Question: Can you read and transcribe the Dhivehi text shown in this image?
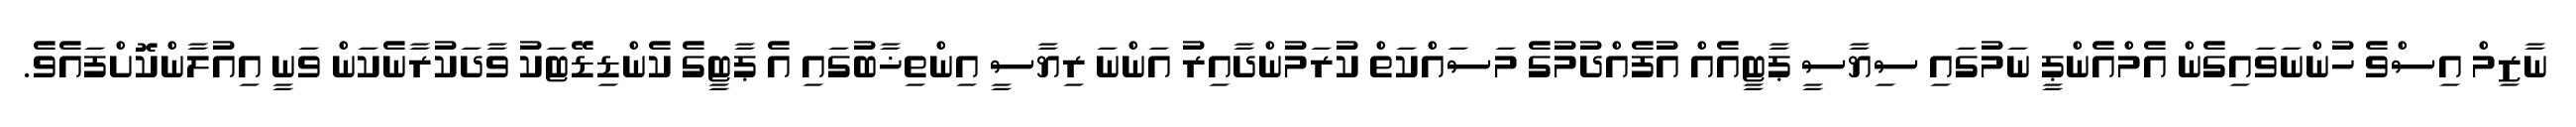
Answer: ނާޒިމް އިސްވެ ހުންނަވައިގެން އެމްއެންޕީ ނަމުގައި ސިޔާސީ ޕާޓީއެއް އުފެއްދުމުގެ މަސައްކަތް ކުރަމުންދާއިރު އަންނަ ރިޔާސީ އިންތިޚާބުގައި އެ ޕާޓީގެ ކެންޑިޑޭޓަކު ވާދަކުރާނެކަން ވަނީ އިއުލާންކޮށްފައެވެ.